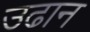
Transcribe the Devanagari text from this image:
उढान